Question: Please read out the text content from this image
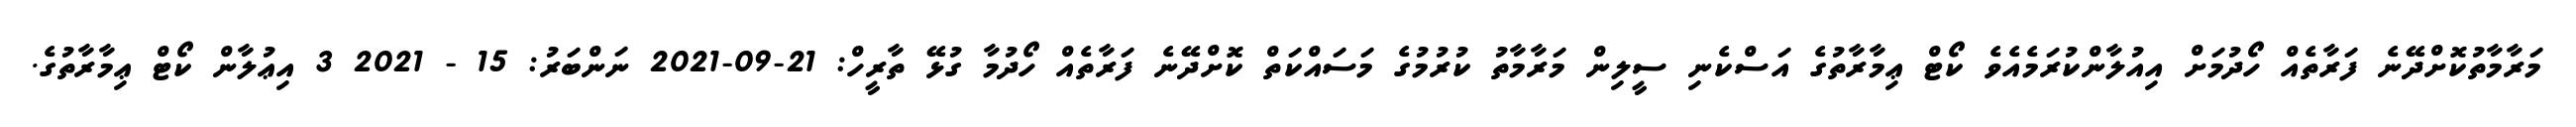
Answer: މަރާމާތުކޮށްދޭނެ ފަރާތެއް ހޯދުމަށް އިއުލާންކުރަމެއެވެ ކޯޓް ޢިމާރާތުގެ އަސްކެނި ސީލިން މަރާމާތު ކުރުމުގެ މަސައްކަތް ކޮށްދޭނެ ފަރާތެއް ހޯދުމާ ގުޅޭ ތާރީހް: 21-09-2021 ނަންބަރު: 15 - 2021 3 އިޢުލާން ކޯޓް ޢިމާރާތުގެ.